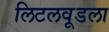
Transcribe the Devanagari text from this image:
लिटलवूडला